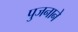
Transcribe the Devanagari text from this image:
पुजनाने